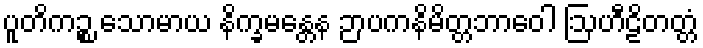
ပူတိကဉ္စ သောမာယ နိက္ခမန္တေန ဉာပကနိမိတ္တဘာဝေါ ဩဟီဠိတတ္တံ